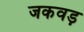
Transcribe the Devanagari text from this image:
जकवड़